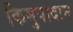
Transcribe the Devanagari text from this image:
किमुपादान